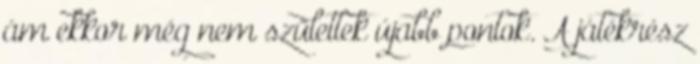
ám ekkor még nem születtek újabb pontok. A játékrész